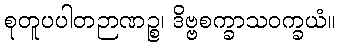
စုတူပပါတဉာဏဉ္စ၊ ဒိဗ္ဗစက္ခာသဝက္ခယံ။